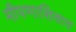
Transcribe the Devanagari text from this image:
मीपणाशिवाय